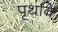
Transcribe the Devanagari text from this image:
पृथवि